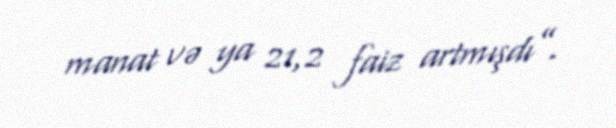
manat və ya 21,2 faiz artmışdı”.